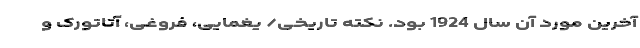
آخرین مورد آن سال 1924 بود. نکته تاریخی/ یغمایی، فروغی، آتاتورک و